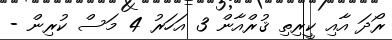
ރޯދަ އާއި ކީރިތި ޤުރްއާން 3 އަހަރު 4 މަސް ކުރިން -